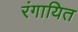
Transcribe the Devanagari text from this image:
रंगायित